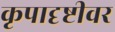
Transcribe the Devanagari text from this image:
कृपादृष्टीवर